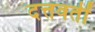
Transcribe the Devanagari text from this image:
दत्तवतीं